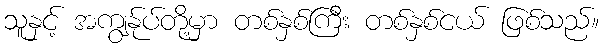
သူနှင့် အကျွန်ုပ်တို့မှာ တစ်နှစ်ကြီး တစ်နှစ်ငယ် ဖြစ်သည်။